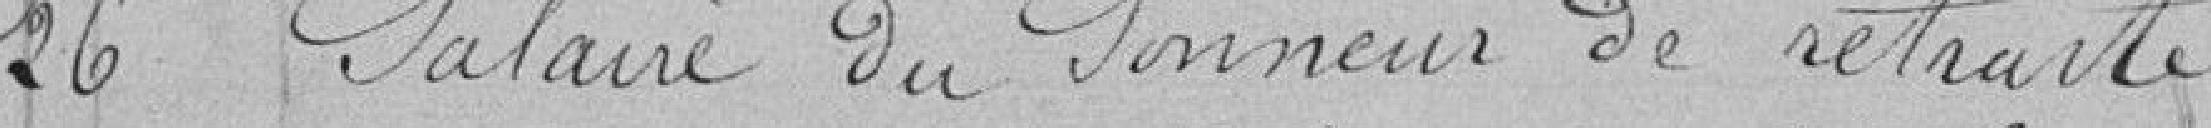
26 - Salaire du sonneur de retraite    160